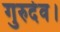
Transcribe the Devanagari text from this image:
गुरुदेव।